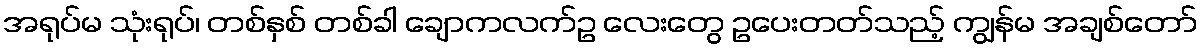
အရုပ်မ သုံးရုပ်၊ တစ်နှစ် တစ်ခါ ချောကလက်ဥ လေးတွေ ဥပေးတတ်သည့် ကျွန်မ အချစ်တော်